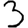
Digit: 3